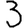
Digit: 3